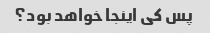
پس کی اینجا خواهد بود؟